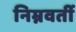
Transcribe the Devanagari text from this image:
निम्नवर्ती